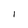
Character: I